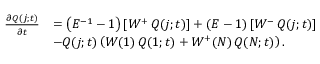
\begin{array} { r l } { \frac { \partial Q ( j ; t ) } { \partial t } } & { = \left( E ^ { - 1 } - 1 \right) \left[ W ^ { + } \thinspace Q ( j ; t ) \right] + \left( E - 1 \right) \left[ W ^ { - } \thinspace Q ( j ; t ) \right] } \\ & { - Q ( j ; t ) \left( W ( 1 ) \thinspace Q ( 1 ; t ) + W ^ { + } ( N ) \thinspace Q ( N ; t ) \right) . } \end{array}